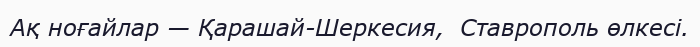
Ақ ноғайлар — Қарашай-Шеркесия,  Ставрополь өлкесі.